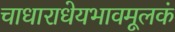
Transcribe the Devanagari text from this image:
चाधाराधेयभावमूलकं